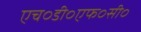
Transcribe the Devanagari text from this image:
एच०डी०एफ०सी०